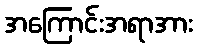
အကြောင်းအရာအား